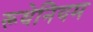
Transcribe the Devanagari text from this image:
रूथेनियम